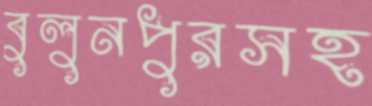
বুলুনপুরসহ